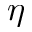
\eta